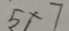
5 \times 7